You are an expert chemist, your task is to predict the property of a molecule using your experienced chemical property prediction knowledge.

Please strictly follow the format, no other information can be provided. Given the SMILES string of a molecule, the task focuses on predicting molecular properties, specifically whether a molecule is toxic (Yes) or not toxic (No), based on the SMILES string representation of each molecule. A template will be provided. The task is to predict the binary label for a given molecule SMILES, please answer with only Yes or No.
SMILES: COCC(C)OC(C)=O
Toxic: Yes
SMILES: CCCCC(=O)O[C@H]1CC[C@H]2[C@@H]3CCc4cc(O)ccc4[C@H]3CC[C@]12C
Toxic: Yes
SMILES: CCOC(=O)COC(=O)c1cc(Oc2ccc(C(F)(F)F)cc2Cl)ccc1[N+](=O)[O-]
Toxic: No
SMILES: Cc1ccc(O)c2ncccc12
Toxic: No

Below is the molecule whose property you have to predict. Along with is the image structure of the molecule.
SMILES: CCC(C)(C)O
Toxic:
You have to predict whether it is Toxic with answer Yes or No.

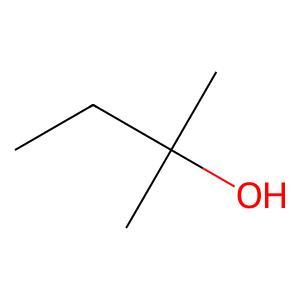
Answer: No